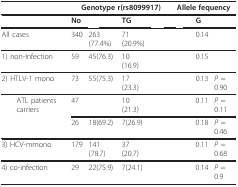
<table><thead><tr><td>[EMPTY_CELL]</td><td colspan="4"><b>Genotype r(rs8099917)</b></td><td colspan="3"><b>Allele fequency</b></td></tr></thead><tbody><tr><td>[EMPTY_CELL]</td><td><b>No</b></td><td>[EMPTY_CELL]</td><td><b>TG</b></td><td>[EMPTY_CELL]</td><td>[EMPTY_CELL]</td><td><b>G</b></td><td>[EMPTY_CELL]</td></tr><tr><td>All cases</td><td>340</td><td>263(77.4%)</td><td>71(20.9%)</td><td>[EMPTY_CELL]</td><td>[EMPTY_CELL]</td><td>0.14</td><td>[EMPTY_CELL]</td></tr><tr><td>1) non-Infection</td><td>59</td><td>45(76.3)</td><td>10(16.9)</td><td>[EMPTY_CELL]</td><td>[EMPTY_CELL]</td><td>0.15</td><td>[EMPTY_CELL]</td></tr><tr><td>2) HTLV-1 mono</td><td>73</td><td>55(75.3)</td><td>17(23.3)</td><td>[EMPTY_CELL]</td><td>[EMPTY_CELL]</td><td>0.13</td><td><i>P </i>= 0.90</td></tr><tr><td> ATL patients carriers</td><td>47</td><td>[EMPTY_CELL]</td><td>10(21.3)</td><td>[EMPTY_CELL]</td><td>[EMPTY_CELL]</td><td>0.11</td><td><i>P </i>= 0.11</td></tr><tr><td>[EMPTY_CELL]</td><td>26</td><td>18(69.2)</td><td>7(26.9)</td><td>[EMPTY_CELL]</td><td>[EMPTY_CELL]</td><td>0.18</td><td><i>P </i>= 0.46</td></tr><tr><td>3) HCV-mmono</td><td>179</td><td>141(78.7)</td><td>37(20.7)</td><td>[EMPTY_CELL]</td><td>[EMPTY_CELL]</td><td>0.11</td><td><i>P </i>= 0.68</td></tr><tr><td>4) co-infection</td><td>29</td><td>22(75.9)</td><td>7(24.1)</td><td>[EMPTY_CELL]</td><td>[EMPTY_CELL]</td><td>0.14</td><td><i>P </i>= 0.9</td></tr></tbody></table>